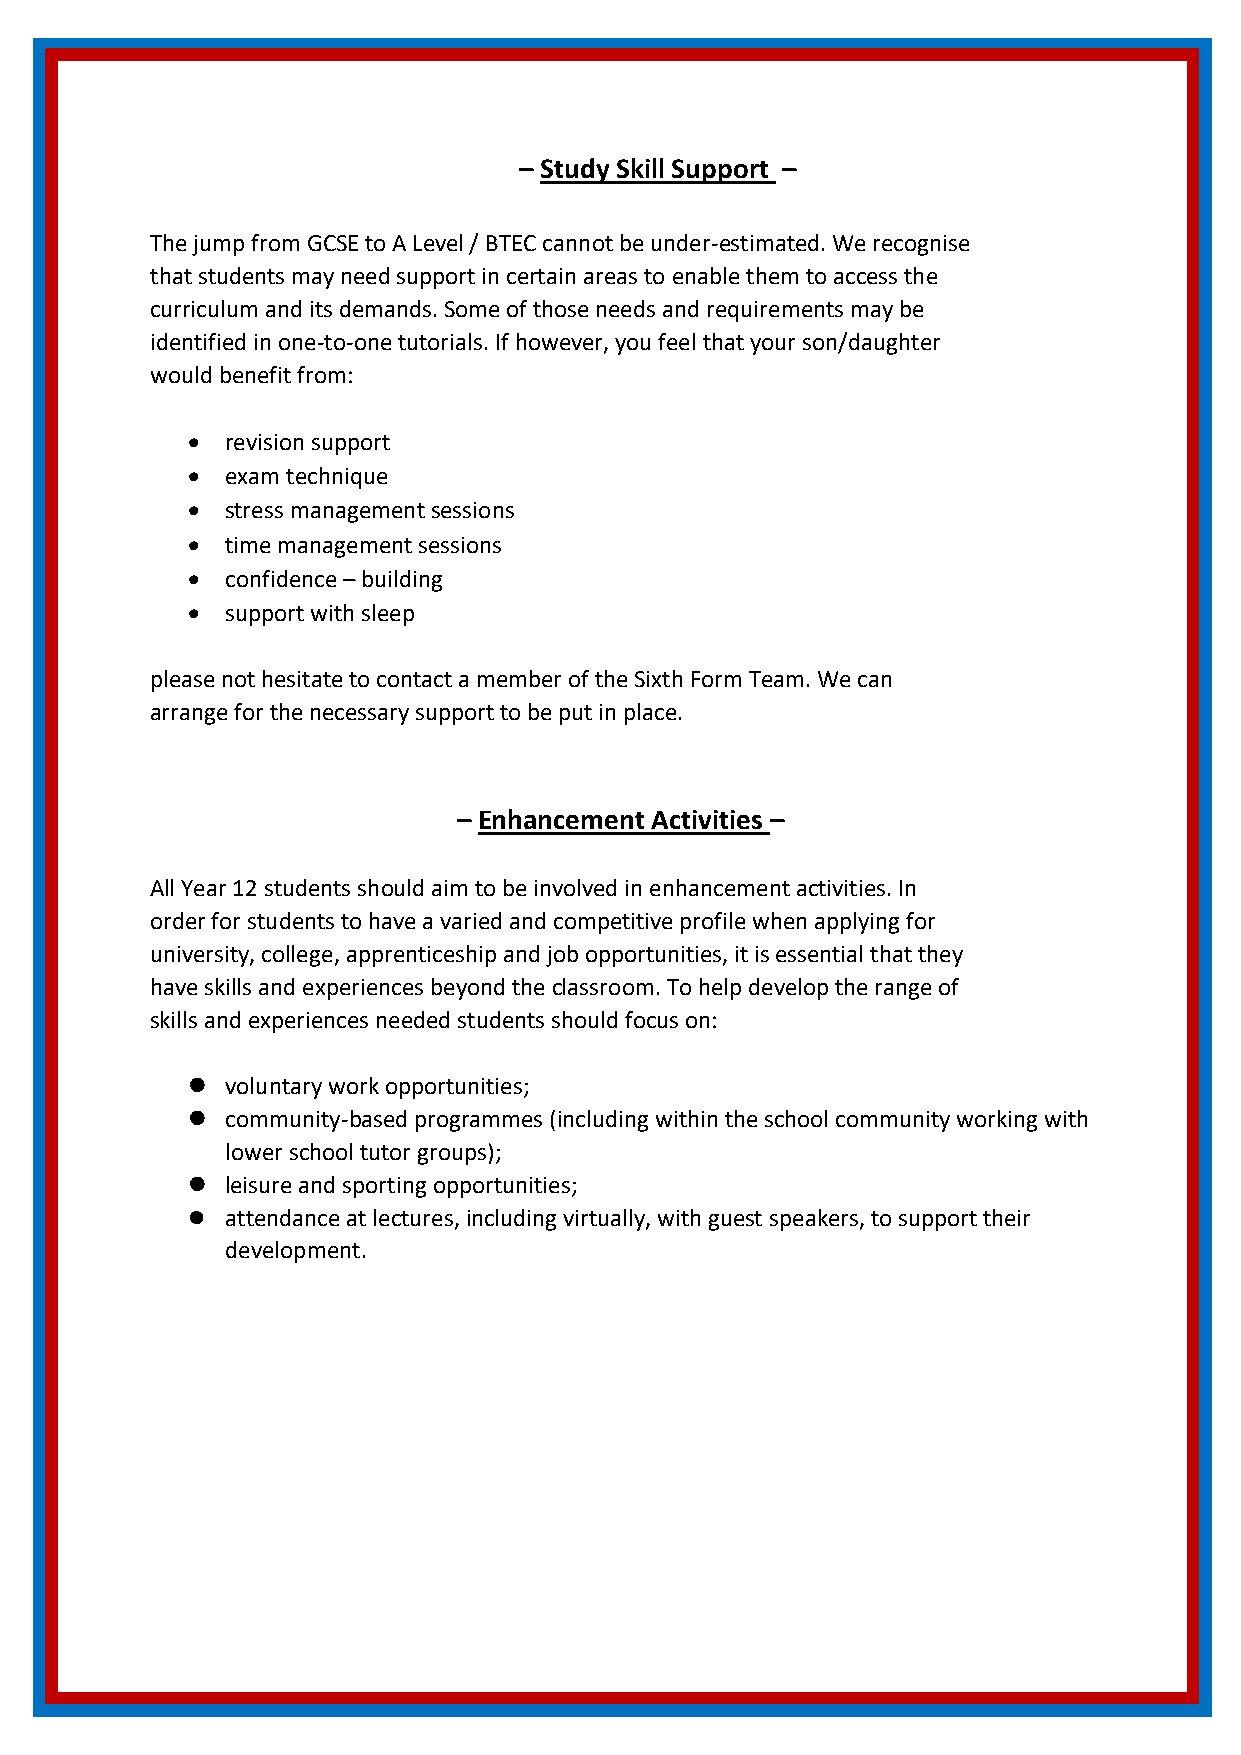
– Study Skill Support –
 The jump from GCSE to A Level / BTEC cannot be under-estimated. We recognise
 that students may need support in certain areas to enable them to access the
 curriculum and its demands. Some of those needs and requirements may be
 identified in one-to-one tutorials. If however, you feel that your son/daughter
 would benefit from:
   revision support
   exam technique
   stress management sessions
   time management sessions
   confidence – building
   support with sleep
 please not hesitate to contact a member of the Sixth Form Team. We can
 arrange for the necessary support to be put in place.
 – Enhancement Activities –
 All Year 12 students should aim to be involved in enhancement activities. In
 order for students to have a varied and competitive profile when applying for
 university, college, apprenticeship and job opportunities, it is essential that they
 have skills and experiences beyond the classroom. To help develop the range of
 skills and experiences needed students should focus on:
   voluntary work opportunities;
   community-based programmes (including within the school community working with
 lower school tutor groups);
   leisure and sporting opportunities;
   attendance at lectures, including virtually, with guest speakers, to support their
 development.